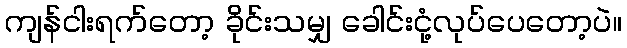
ကျန်ငါးရက်တော့ ခိုင်းသမျှ ခေါင်းငုံ့လုပ်ပေတော့ပဲ။